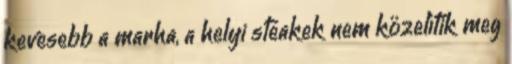
kevesebb a marha, a helyi steakek nem közelítik meg